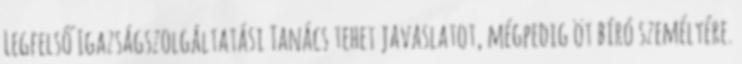
Legfelső Igazságszolgáltatási Tanács tehet javaslatot, mégpedig öt bíró személyére.